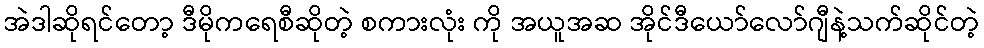
အဲဒါဆိုရင်တော့ ဒီမိုကရေစီဆိုတဲ့ စကားလုံး ကို အယူအဆ အိုင်ဒီယော်လော်ဂျီနဲ့သက်ဆိုင်တဲ့